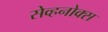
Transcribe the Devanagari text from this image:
सेव्हनोक्स